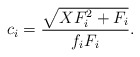
\begin{align*}c_i=\frac{\sqrt{XF_i^2+F_i}}{f_iF_i}.\end{align*}